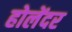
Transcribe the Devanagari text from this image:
होलेंदर